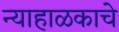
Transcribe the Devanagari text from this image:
न्याहाळकाचे